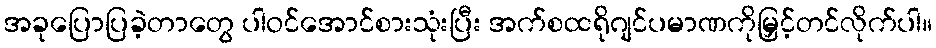
အခုပြောပြခဲ့တာတွေ ပါဝင်အောင်စားသုံးပြီး အက်စထရိုဂျင်ပမာဏကိုမြှင့်တင်လိုက်ပါ။